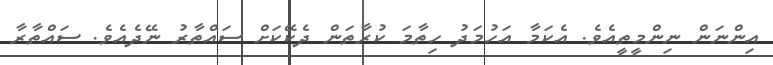
އިންނަން ނިންމީތީއެވެ. އެކަމާ އަހުމަދު ހިތާމަ ކުރާތަން ދެކޭކަށް ސައްތާރު ނޭދެއެވެ. ސައްތާރާ